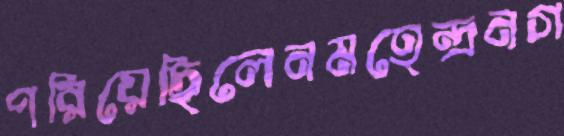
পরিয়েছিলেনমহেন্দ্রনগ